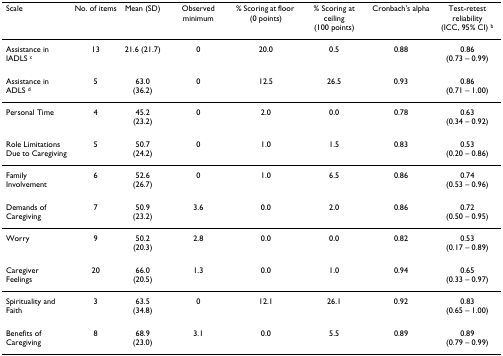
<table><thead><tr><td><b>Scale</b></td><td><b>No. of items</b></td><td><b>Mean (SD)</b></td><td><b>Observed minimum</b></td><td><b>% Scoring at floor (0 points)</b></td><td><b>% Scoring at ceiling (100 points)</b></td><td><b>Cronbach&#x27;s alpha</b></td><td><b>Test-retest reliability(ICC, 95% CI) <sup>b</sup></b></td></tr></thead><tbody><tr><td>Assistance in IADLS <sup>c</sup></td><td>13</td><td>21.6 (21.7)</td><td>0</td><td>20.0</td><td>0.5</td><td>0.88</td><td>0.86(0.73 – 0.99)</td></tr><tr><td>Assistance in ADLS <sup>d</sup></td><td>5</td><td>63.0(36.2)</td><td>0</td><td>12.5</td><td>26.5</td><td>0.93</td><td>0.86(0.71 – 1.00)</td></tr><tr><td>Personal Time</td><td>4</td><td>45.2(23.2)</td><td>0</td><td>2.0</td><td>0.0</td><td>0.78</td><td>0.63(0.34 – 0.92)</td></tr><tr><td>Role Limitations Due to Caregiving</td><td>5</td><td>50.7(24.2)</td><td>0</td><td>1.0</td><td>1.5</td><td>0.83</td><td>0.53(0.20 – 0.86)</td></tr><tr><td>Family Involvement</td><td>6</td><td>52.6(26.7)</td><td>0</td><td>1.0</td><td>6.5</td><td>0.86</td><td>0.74(0.53 – 0.96)</td></tr><tr><td>Demands of Caregiving</td><td>7</td><td>50.9(23.2)</td><td>3.6</td><td>0.0</td><td>2.0</td><td>0.86</td><td>0.72(0.50 – 0.95)</td></tr><tr><td>Worry</td><td>9</td><td>50.2(20.3)</td><td>2.8</td><td>0.0</td><td>0.0</td><td>0.82</td><td>0.53(0.17 – 0.89)</td></tr><tr><td>Caregiver Feelings</td><td>20</td><td>66.0(20.5)</td><td>1.3</td><td>0.0</td><td>1.0</td><td>0.94</td><td>0.65(0.33 – 0.97)</td></tr><tr><td>Spirituality and Faith</td><td>3</td><td>63.5(34.8)</td><td>0</td><td>12.1</td><td>26.1</td><td>0.92</td><td>0.83(0.65 – 1.00)</td></tr><tr><td>Benefits of Caregiving</td><td>8</td><td>68.9(23.0)</td><td>3.1</td><td>0.0</td><td>5.5</td><td>0.89</td><td>0.89(0.79 – 0.99)</td></tr></tbody></table>